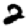
Digit: 2